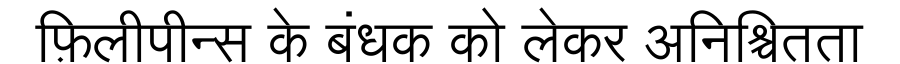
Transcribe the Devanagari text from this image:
फ़िलीपीन्स के बंधक को लेकर अनिश्चितता